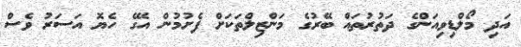
އަދި މޯލްޑިވިއަންގެ ދަތުރުތައް ބޭރުގެ މަންޒިލްތަކަށް ފެށުމުން އޭގެ ހެޔޮ އަސަރު ވެސް